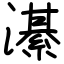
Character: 濝